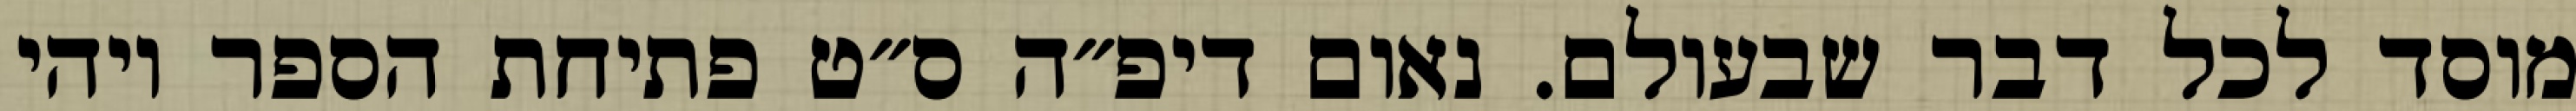
מוסד לכל דבר שבעולם. נאום דיפ״ה ס״ט פתיחת הספר ויהי